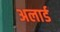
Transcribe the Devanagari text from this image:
अलार्ड